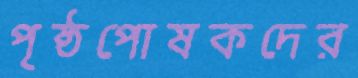
পৃষ্ঠপোষকদের